Civil Veterinary Department. Madras. Admin. report 1910-25 - 1910-1925
Year: 1910
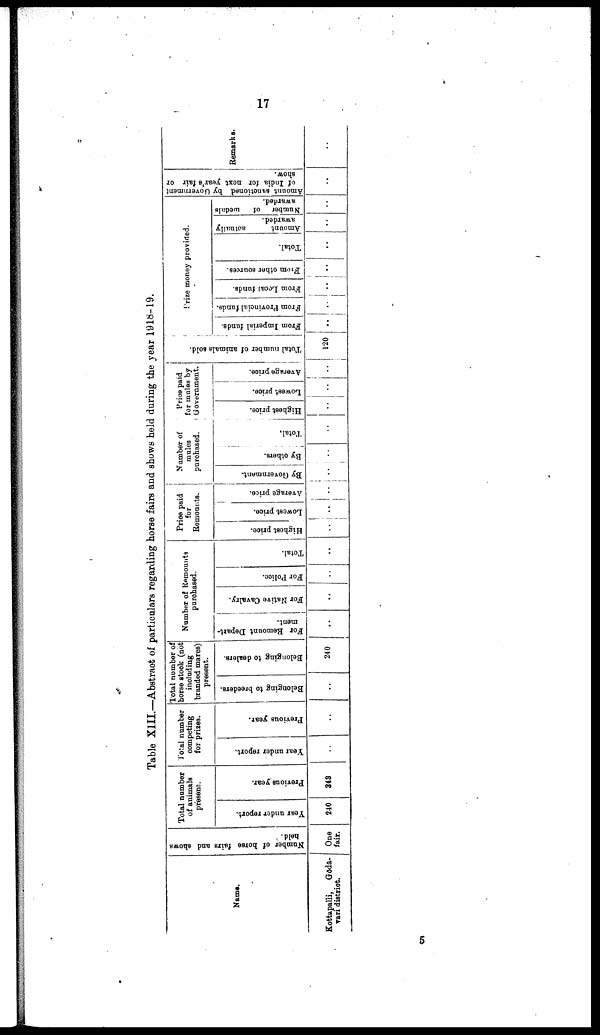
17
Table XIII.—Abstract of particulars regarding horse fairs and shows held during the year 1918-19.
Name.
Kottapalli,
Goda-
vari district.
Number of horse fairs and shows
held.
One
fair.
Total number
of animals
present.
Year under report.
240
Previous year.
348
Total number
competing
for prizes.
Year under report.
..
Previous year.
..
Total number of
horse stock (not
including
branded mares)
present.
Belonging to breeders.
..
Belonging to dealers.
240
Number of Remounts
purchased.
For Remount Depart-
ment.
..
For Native Cavalry.
..
For Police.
..
Total.
..
Price paid
for
Remounts.
Highest price.
..
Lowest price.
..
Average price.
..
Number of
mules
purchased.
By Government.
..
By others.
..
Total.
..
Price paid
for mules by
Government.
Highest price.
..
Lowest price.
..
Average price.
..
Total number of animals Bold.
120
Prize money provided.
From Imperial funds.
..
From Provincial funds.
..
From Local funds.
..
From other sources.
..
Total.
..
Amount
actually
awarded.
..
Number of
medals
awarded.
..
Amount sanctioned by Government
of India for next year's fair or
show.
..
Remarks.
..
5